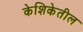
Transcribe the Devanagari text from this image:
केशिकेतील